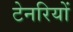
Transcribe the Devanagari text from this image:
टेनरियों